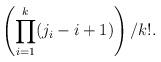
LaTeX: \begin{align*}\left(\prod_{i=1}^{k} (j_i-i+1)\right)/k!.\end{align*}